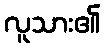
လူသား၏